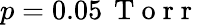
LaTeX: p=0.05\, \mathrm{~T~o~r~r~}